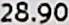
28.90